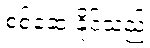
စစ်ဆေးနိုင်သည်